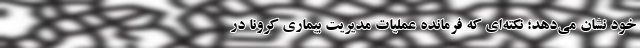
خود نشان می‌دهد؛ نکته‌ای که فرمانده عملیات مدیریت بیماری کرونا در